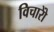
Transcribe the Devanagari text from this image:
विचारोें